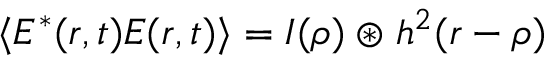
\langle E ^ { * } ( r , t ) E ( r , t ) \rangle = I ( \rho ) \circledast h ^ { 2 } ( r - \rho )